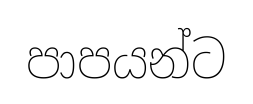
පාපයන්ට